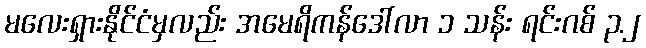
မလေးရှားနိုင်ငံမှလည်း အမေရိကန်ဒေါ်လာ ၁ သန်း ရင်းဂစ် ၃.၂